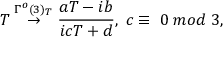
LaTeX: T \stackrel { \Gamma ^ { o } ( 3 ) _ { T } } { \rightarrow } \frac { a T - i b } { i c T + d } , \; c \equiv \; 0 \; m o d \; 3 ,